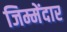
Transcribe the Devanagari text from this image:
जिम्मेंदार